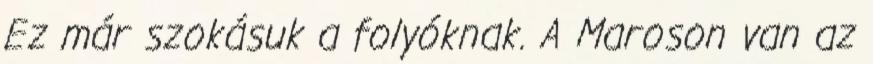
Ez már szokásuk a folyóknak. A Maroson van az